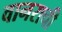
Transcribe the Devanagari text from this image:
वानराची